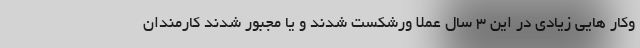
وکار هایی زیادی در این 3 سال عملا ورشکست شدند و یا مجبور شدند کارمندان